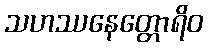
သဟဿနေတ္တောရိဝ